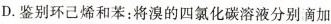
D.鉴别环己烯和苯：将溴的四氯化碳溶液分别滴加